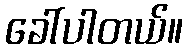
ခေါ်ပါတယ်။